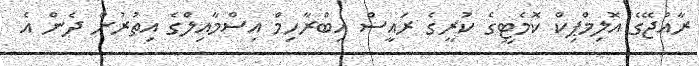
ރާއްޖޭގެ އޮލިމްޕިކް ކޮމެޓީގެ ކުރީގެ ރައީސް އިބްރާހިމް އިސްމާއިލްގެ އިތުރުން ދެން އެ